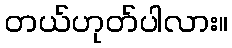
တယ်ဟုတ်ပါလား။